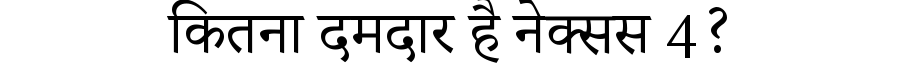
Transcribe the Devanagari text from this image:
कितना दमदार है नेक्सस 4?